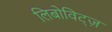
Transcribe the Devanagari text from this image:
लिबोविट्ज़